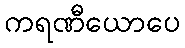
ကရဏီယောပေ